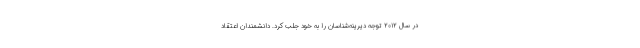
در سال ۲۰۱۲ توجه دیرینه‌شناسان را به خود جلب کرد. دانشمندان اعتقاد